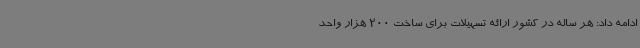
ادامه داد: هر ساله در کشور ارائه تسهیلات برای ساخت 200 هزار واحد